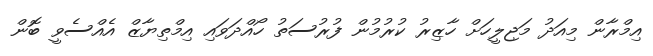
އިމްރާން މިއަދު މަޖިލީހަށް ހާޒިރު ކުރުމުން ފުރުސަތު ހޯއްދަވައި އިމްތިޔާޒް އެއްސެވީ ބޮން